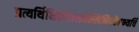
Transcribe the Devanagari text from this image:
प्रत्यर्थिक्षितीपालमौलिनिवहैरभ्यर्चि